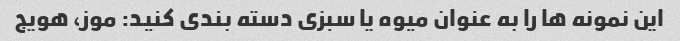
این نمونه ها را به عنوان میوه یا سبزی دسته بندی کنید: موز، هویج